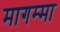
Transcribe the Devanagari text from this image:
मागम्मा